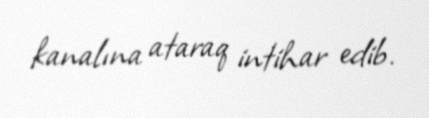
kanalına ataraq intihar edib.